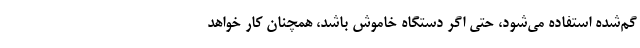
گم‌شده استفاده می‌شود، حتی اگر دستگاه خاموش باشد، همچنان کار خواهد